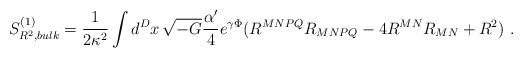
\begin{align*}S^{(1)}_{R^2,bulk} = \frac{1}{2 \kappa^2} \int d^{D}x \, \sqrt{-G}\frac{\alpha^{\prime}}{4} e^{\gamma \Phi} (R^{MNPQ} R_{MNPQ}- 4 R^{MN} R_{MN} + R^2)~.\end{align*}